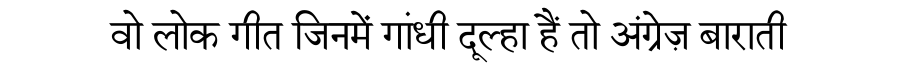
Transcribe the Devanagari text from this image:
वो लोक गीत जिनमें गांधी दूल्हा हैं तो अंग्रेज़ बाराती